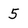
Character: 5